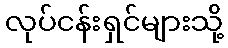
လုပ်ငန်းရှင်များသို့